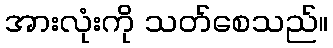
အားလုံးကို သတ်စေသည်။